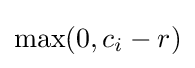
\max(0,c_{i}-r)